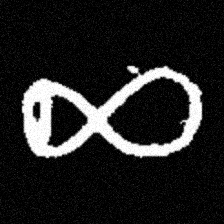
Pyu character \u2014 Myanmar letter: ဆ (romanized: cha)